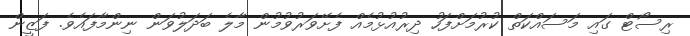
ރިސޯޓް ގައި މަސައްކަތް ކުރުމަށްފަހު ދިރުއުޅުމެެއް ފެށޭވަރުވުމުން މާލެ ބަދަލުވަން ނިންމާފައެވެ. ފަޒީން